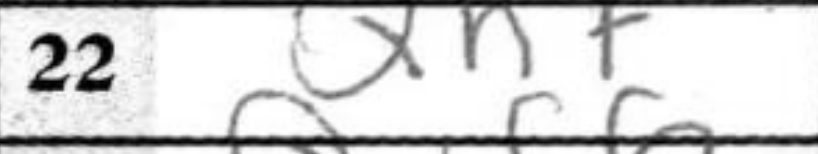
Transcription: Qh7